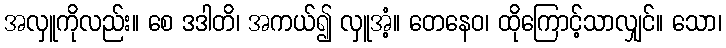
အလှူကိုလည်း။ စေ ဒဒါတိ၊ အကယ်၍ လှူအံ့။ တေနေဝ၊ ထိုကြောင့်သာလျှင်။ သော၊